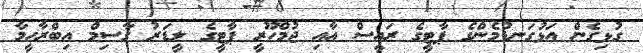
ގުޅިގެން އަޅުގަނޑުމެންގެ ޕާޓީގެ ރައީސް އާއި ޖުމްހޫރީ ޕާޓީގެ ލީޑަރު ގާސިމް އިބްރާހީމާ